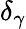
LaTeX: \delta_{\gamma}